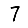
Digit: 7